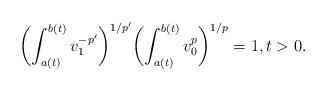
LaTeX: \begin{align*}\biggl(\int_{a(t)}^{b(t)}v_1^{-p'}\biggr)^{1/p'}\biggl(\int_{a(t)}^{b(t)}v_0^p\biggr)^{1/p}=1,t>0.\end{align*}